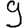
Digit: 9